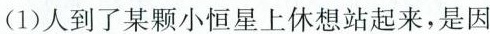
(1)人到了某颗小恒星上休想站起来，是因